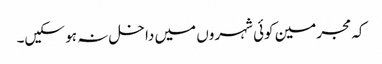
کہ مجرمین کوئی شہروں میں داخل نہ ہو سکیں۔